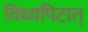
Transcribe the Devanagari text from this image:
विध्यपिटात्